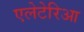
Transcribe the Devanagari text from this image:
एलेटेरिआ